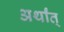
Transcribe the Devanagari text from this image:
अर्थांत्‌